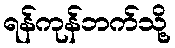
ရန်ကုန်ဘက်သို့